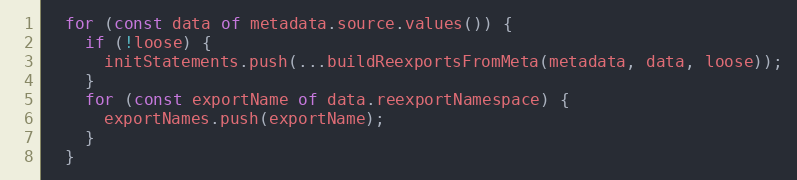
Language: JavaScript
  for (const data of metadata.source.values()) {
    if (!loose) {
      initStatements.push(...buildReexportsFromMeta(metadata, data, loose));
    }
    for (const exportName of data.reexportNamespace) {
      exportNames.push(exportName);
    }
  }